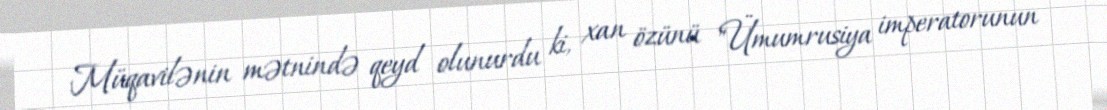
Müqavilənin mətnində qeyd olunurdu ki, xan özünü "Ümumrusiya imperatorunun